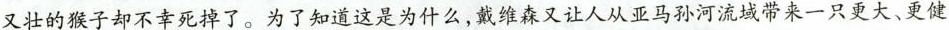
又壮的猴子却不幸死掉了。为了知道这是为什么，戴维森又让人从亚马孙河流域带来一只更大、更健